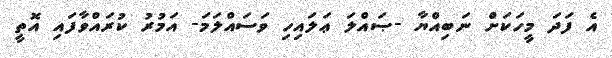
އެ ފަދަ މީހަކަށް ނަބިއްޔާ -ޞައްލަ ޢަލައިހި ވަސައްލަމަ- އަމުރު ކުރައްވާފައި އޮތީ